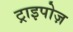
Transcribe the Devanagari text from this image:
ट्राइपोज़